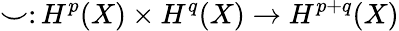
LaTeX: \smile\colon H^{p}(X)\times H^{q}(X)\to H^{p+q}(X)